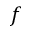
f